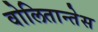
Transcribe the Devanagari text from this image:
वोलितान्तेस